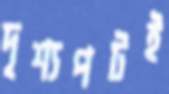
দৃশ্যপটই